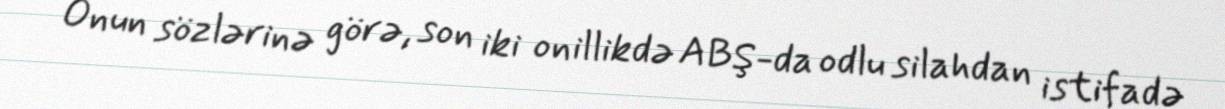
Onun sözlərinə görə, son iki onillikdə ABŞ-da odlu silahdan istifadə